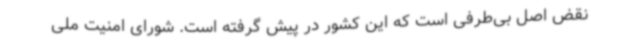
نقض اصل بی‌طرفی است که این کشور در پیش گرفته است. شورای امنیت ملی